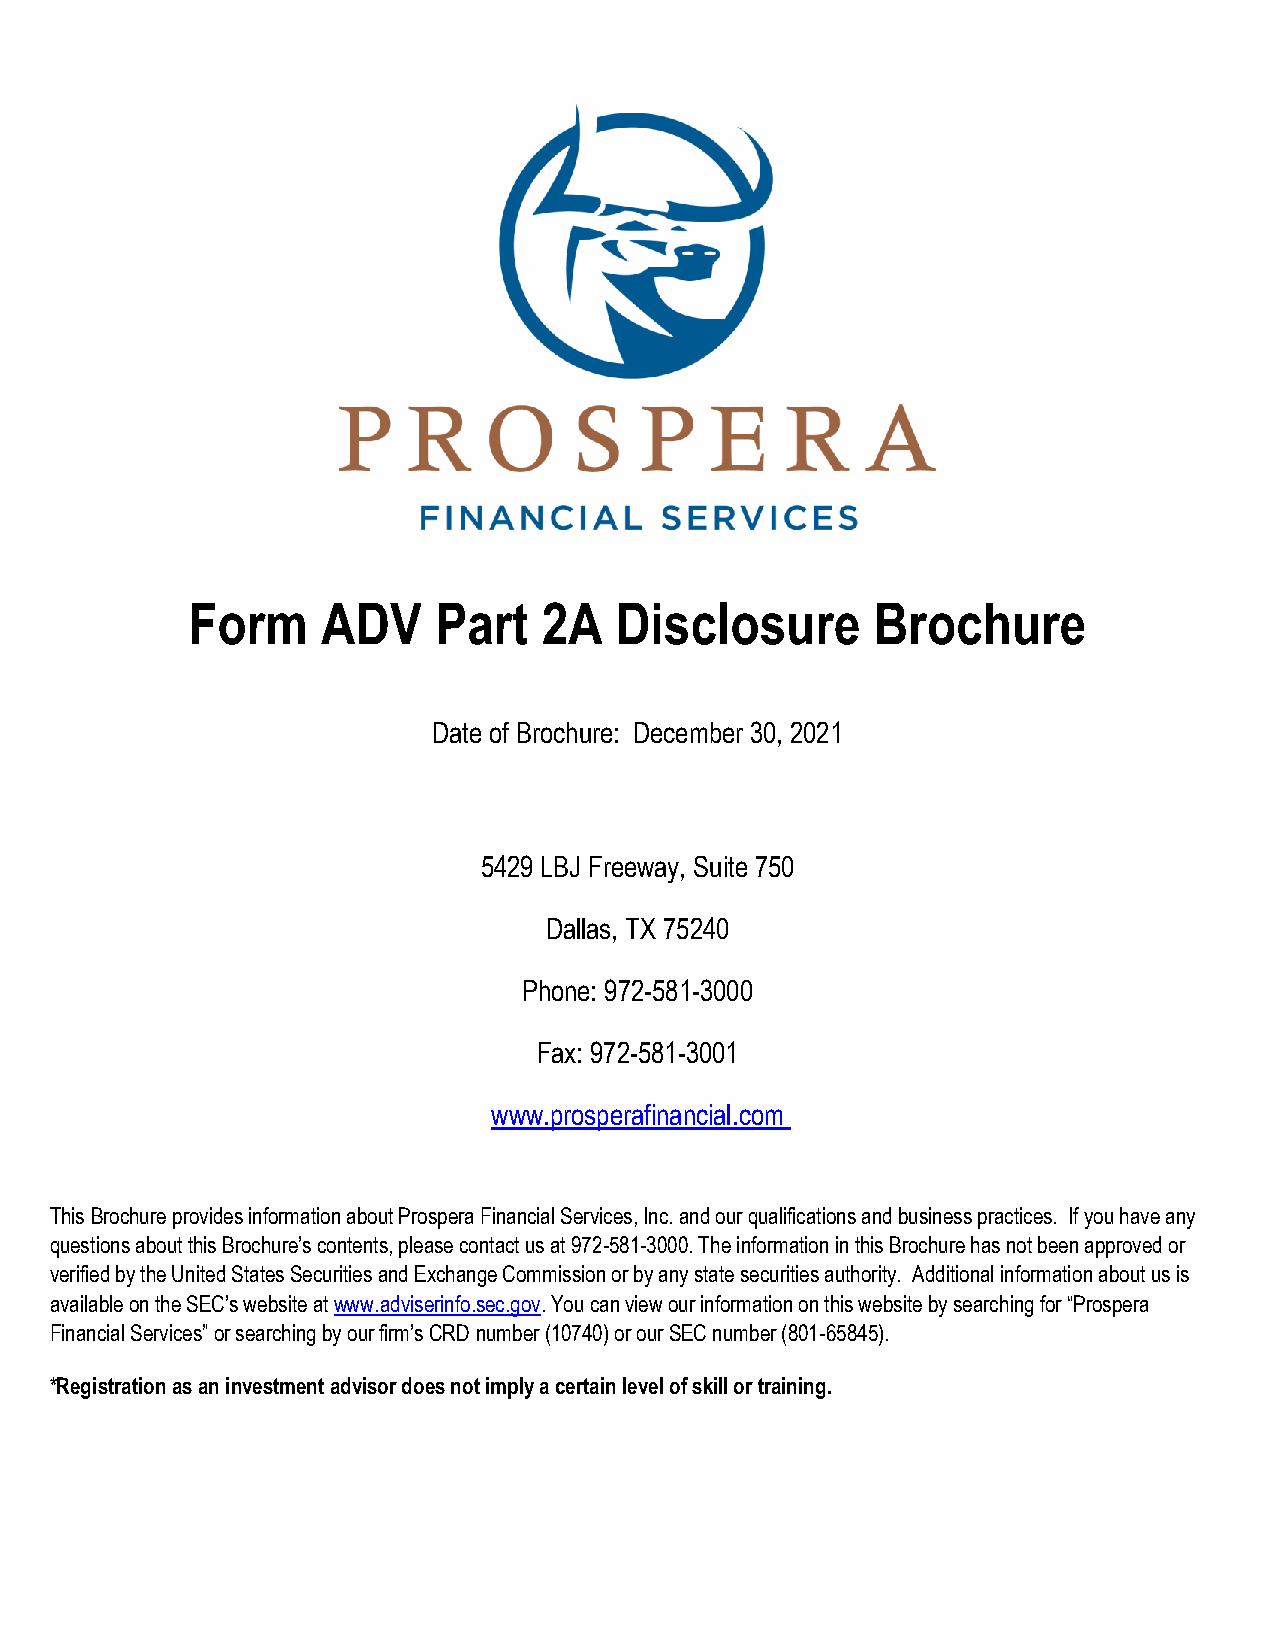
Form     ADV     Part   2A   Disclosure       Brochure
 Date of Brochure: December 30, 2021
 5429 LBJ Freeway, Suite 750
 Dallas, TX 75240
 Phone: 972-581-3000
 Fax: 972-581-3001
 www.prosperafinancial.com
 This Brochure provides information about Prospera Financial Services, Inc. and our qualifications and business practices. If you have any
 questions about this Brochure’s contents, please contact us at 972-581-3000. The information in this Brochure has not been approved or
 verified by the United States Securities and Exchange Commission or by any state securities authority. Additional information about us is
 available on the SEC’s website at www.adviserinfo.sec.gov. You can view our information on this website by searching for “Prospera
 Financial Services” or searching by our firm’s CRD number (10740) or our SEC number (801-65845).
 *Registration as an investment advisor does not imply a certain level of skill or training.